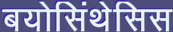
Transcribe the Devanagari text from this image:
बयोसिंथेसिस